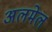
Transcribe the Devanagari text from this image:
अलमेल